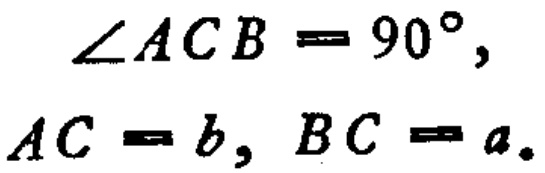
\(\angle ACB = 90^{\circ},\)

\(AC = b, BC = a.\)